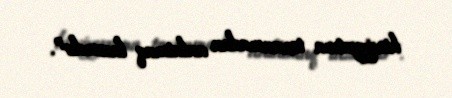
hissiyyatına toxunmadan anlatmaq lazımdır”.